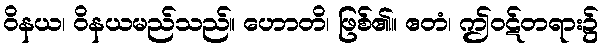
ဝိနယ၊ ဝိနယမည်သည်။ ဟောတိ၊ ဖြစ်၏။ ဧတံ၊ ဤဝဋ်တရား၌